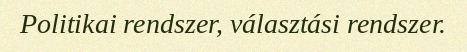
Politikai rendszer, választási rendszer.